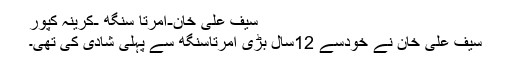
سیف علی خان-امرتا سنگھ -کرینہ کپور
سیف علی خان نے خودسے 12سال بڑی امرتاسنگھ سے پہلی شادی کی تھی۔